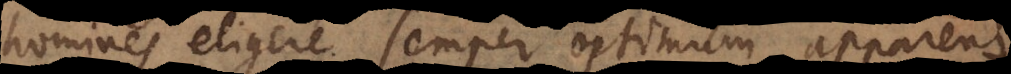
homines eligere semper optimum apparens,